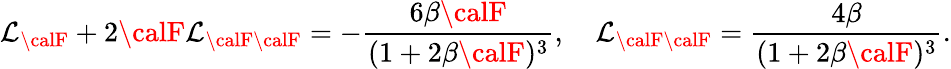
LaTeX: {\cal\mathcal{L}}_{\calF}+2{\calF}{\cal\mathcal{L}}_{{\calF}{\calF}}=-\frac{{6\beta{\calF}}}{{(1+2\beta{\calF})^{3}}},~~~~{\cal\mathcal{L}}_{{\calF}{\calF}}=\frac{{4\beta}}{{(1+2\beta{\calF})^{3}}}.